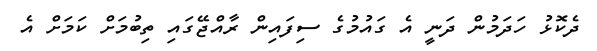
ދެކޮޅު ހަދަމުން ދަނީ އެ ގައުމުގެ ސިފައިން ރާއްޖޭގައި ތިބުމަށް ކަމަށް އެ